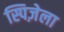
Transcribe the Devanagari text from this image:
स्पिज़ेला